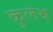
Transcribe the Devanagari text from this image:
कुलेथ